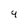
Character: 9